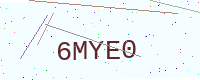
Text: 6MYE0